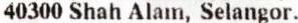
40300 SHAH ALAM, SELANGOR.